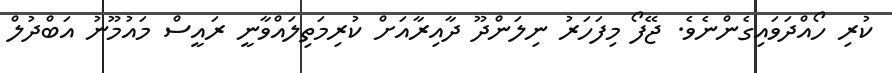
ކުރި ހޯއްދަވައިގެންނެވެ. ޖޭފޯ މިފަހަރު ނިލަންދޫ ދާއިރާއަށް ކުރިމަތިލައްވާނީ ރައީސް މައުމޫނު އަބްދުލް